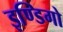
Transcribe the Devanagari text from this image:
इण्डिगो